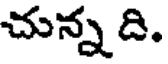
చున్న ది.